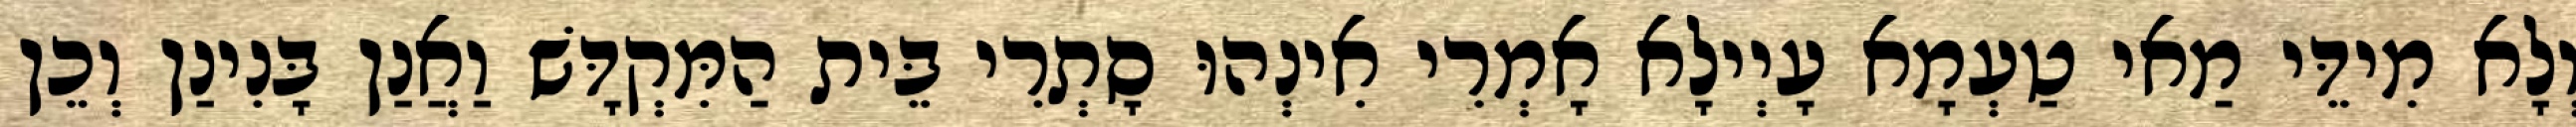
וְלָא מִידֵּי מַאי טַעְמָא עָיְילָא אָמְרִי אִינְהוּ סָתְרִי בֵּית הַמִּקְדָּשׁ וַאֲנַן בָּנִינַן וְכֵן